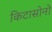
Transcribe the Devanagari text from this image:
किटासोनो